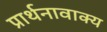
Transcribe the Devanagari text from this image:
प्रार्थनावाक्य